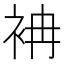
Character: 袡